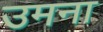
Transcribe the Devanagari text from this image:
उमना